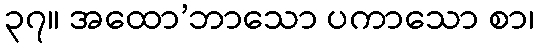
၃၇။ အထော’ဘာသော ပကာသော စာ၊